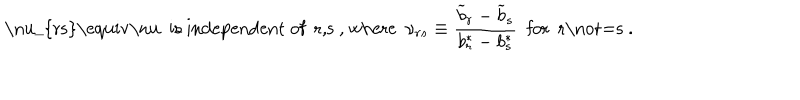
\mathrm { ~ \ n u _ { r s } \equiv \ n u ~ i s ~ i n d e p e n d e n t ~ o f ~ r , s ~ , ~ w h e r e } ~ ~ \nu _ { r s } \equiv { \frac { { \widetilde b } _ { r } - { \widetilde b } _ { s } } { b _ { r } ^ { * } - b _ { s } ^ { * } } } ~ ~ \mathrm { f o r ~ r \not = s ~ . }